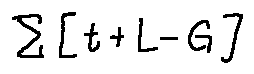
\sum [ t + L - G ]